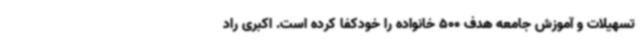
تسهیلات و آموزش جامعه هدف 500 خانواده را خودکفا کرده است. اکبری راد